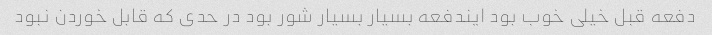
دفعه قبل خیلی خوب بود ایندفعه بسیار بسیار شور بود در حدی که قابل خوردن نبود